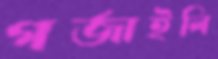
গর্‌জাইলি